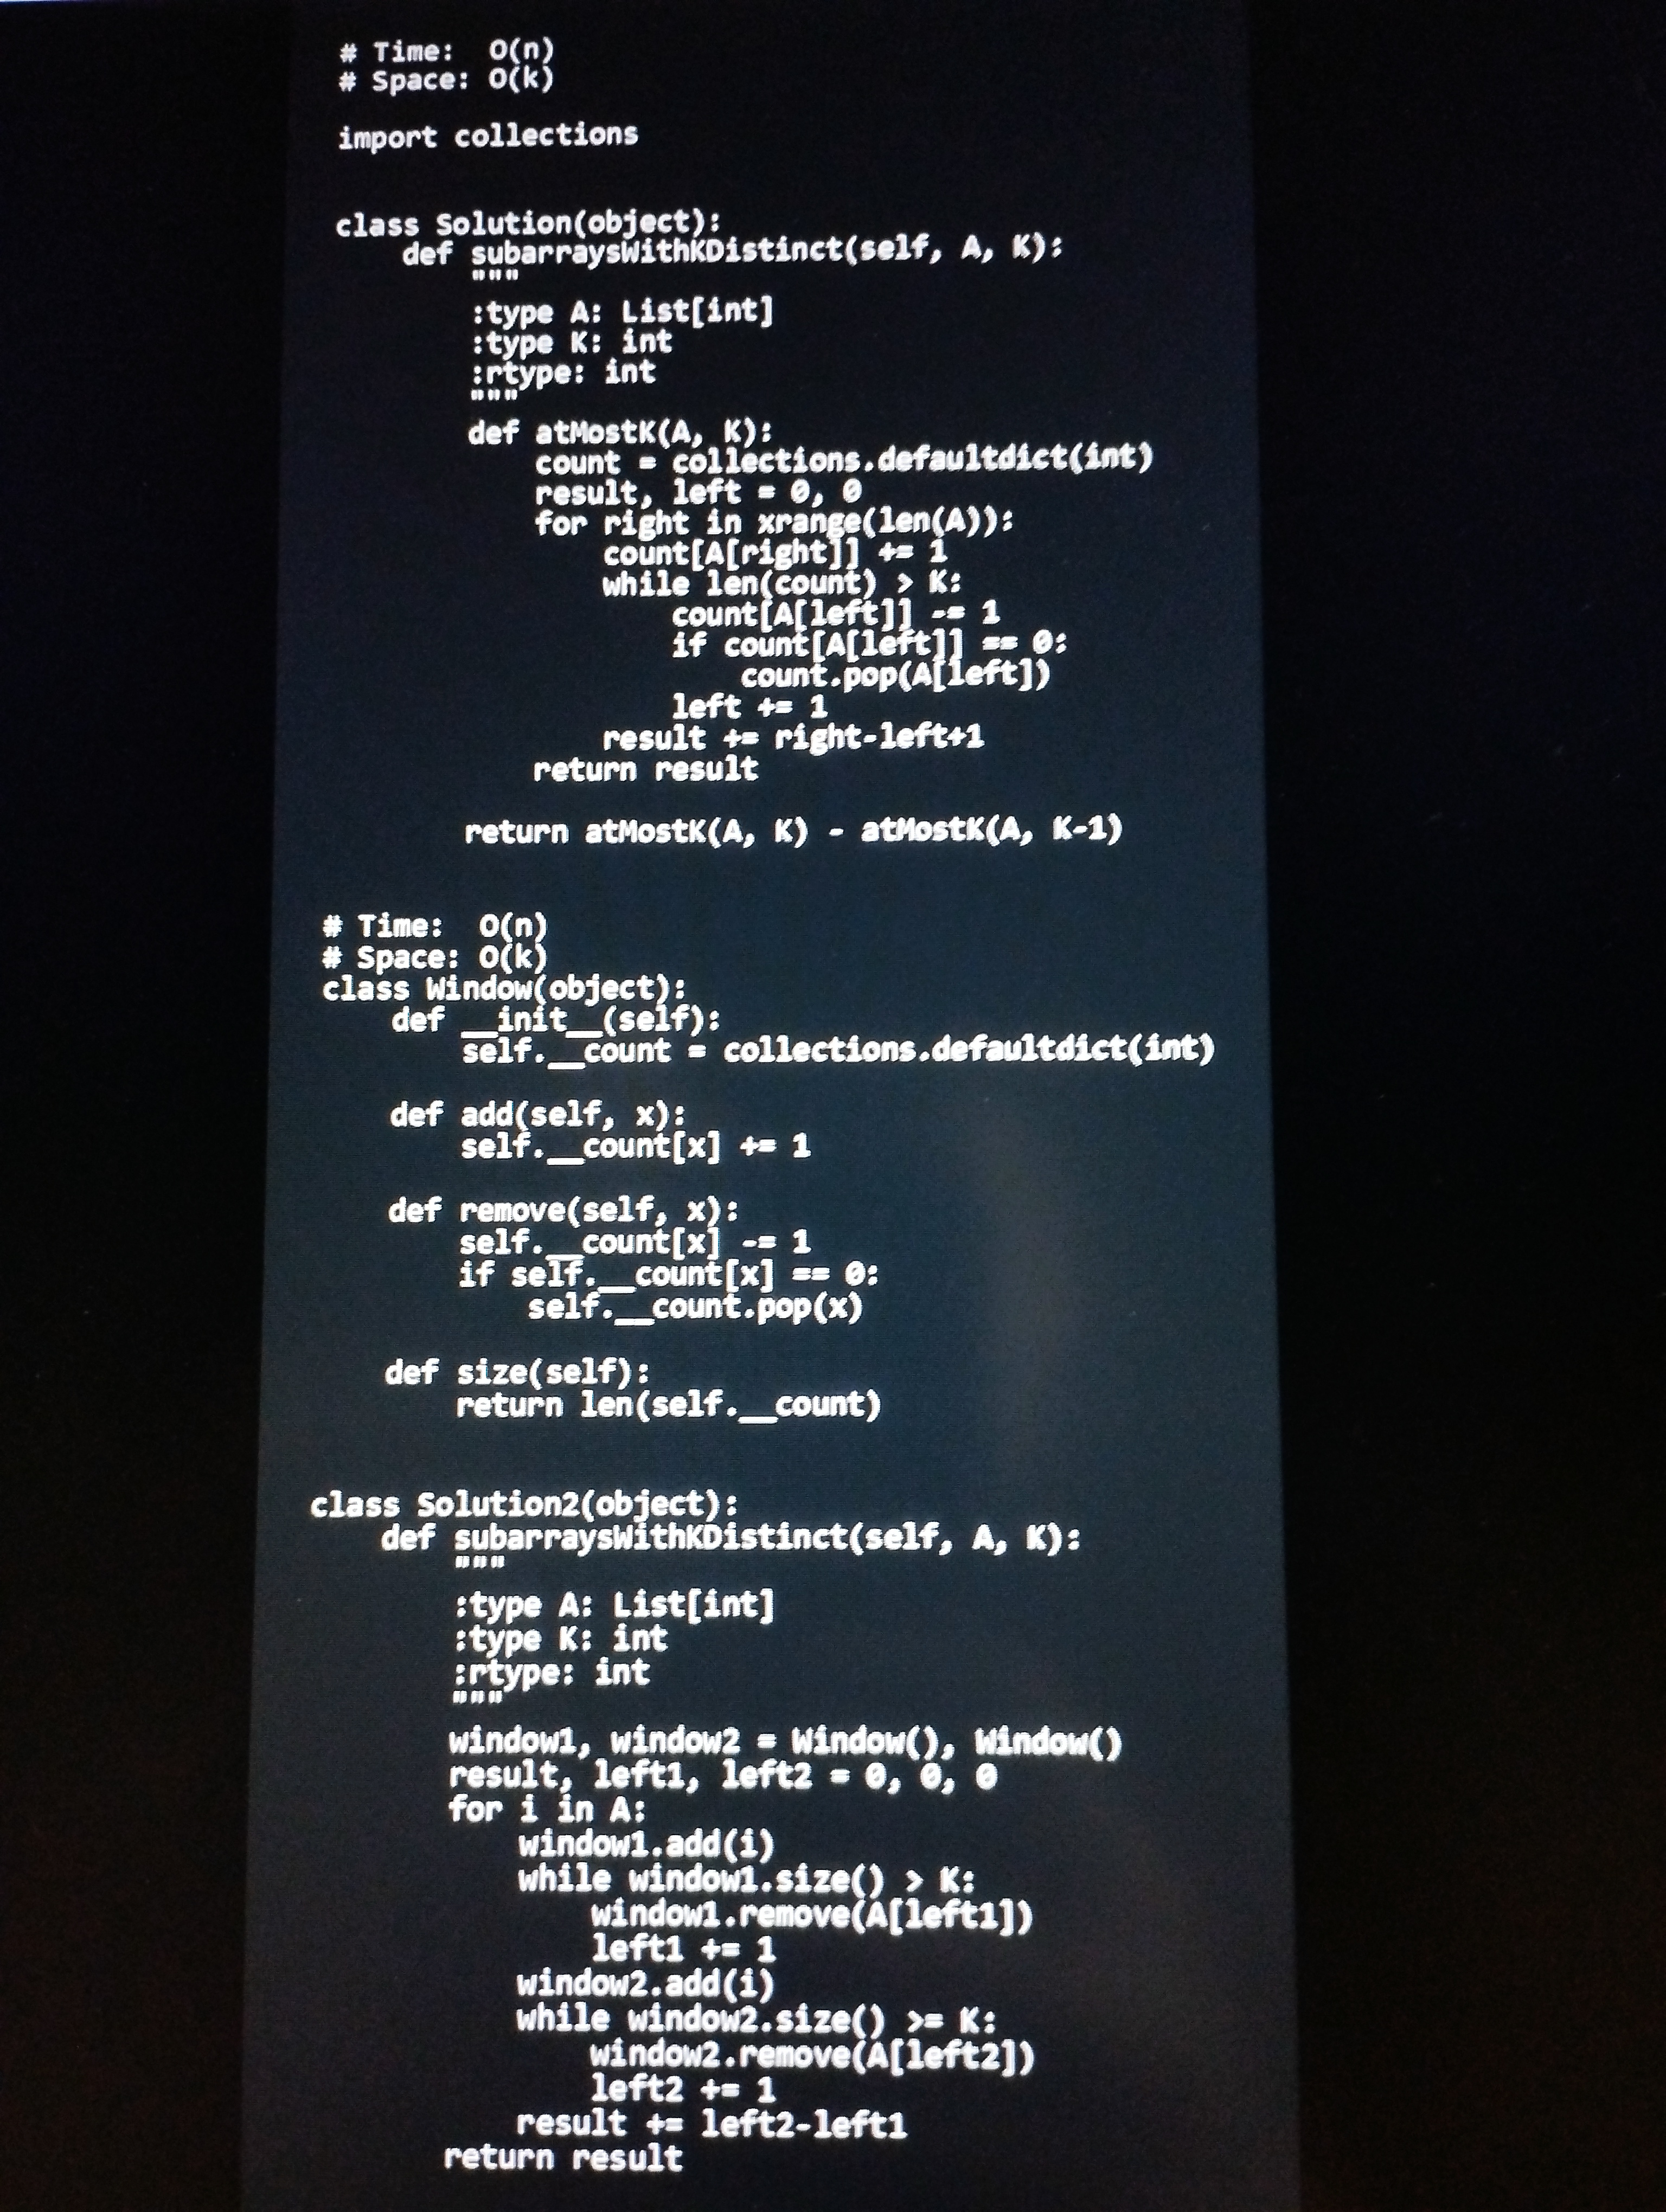
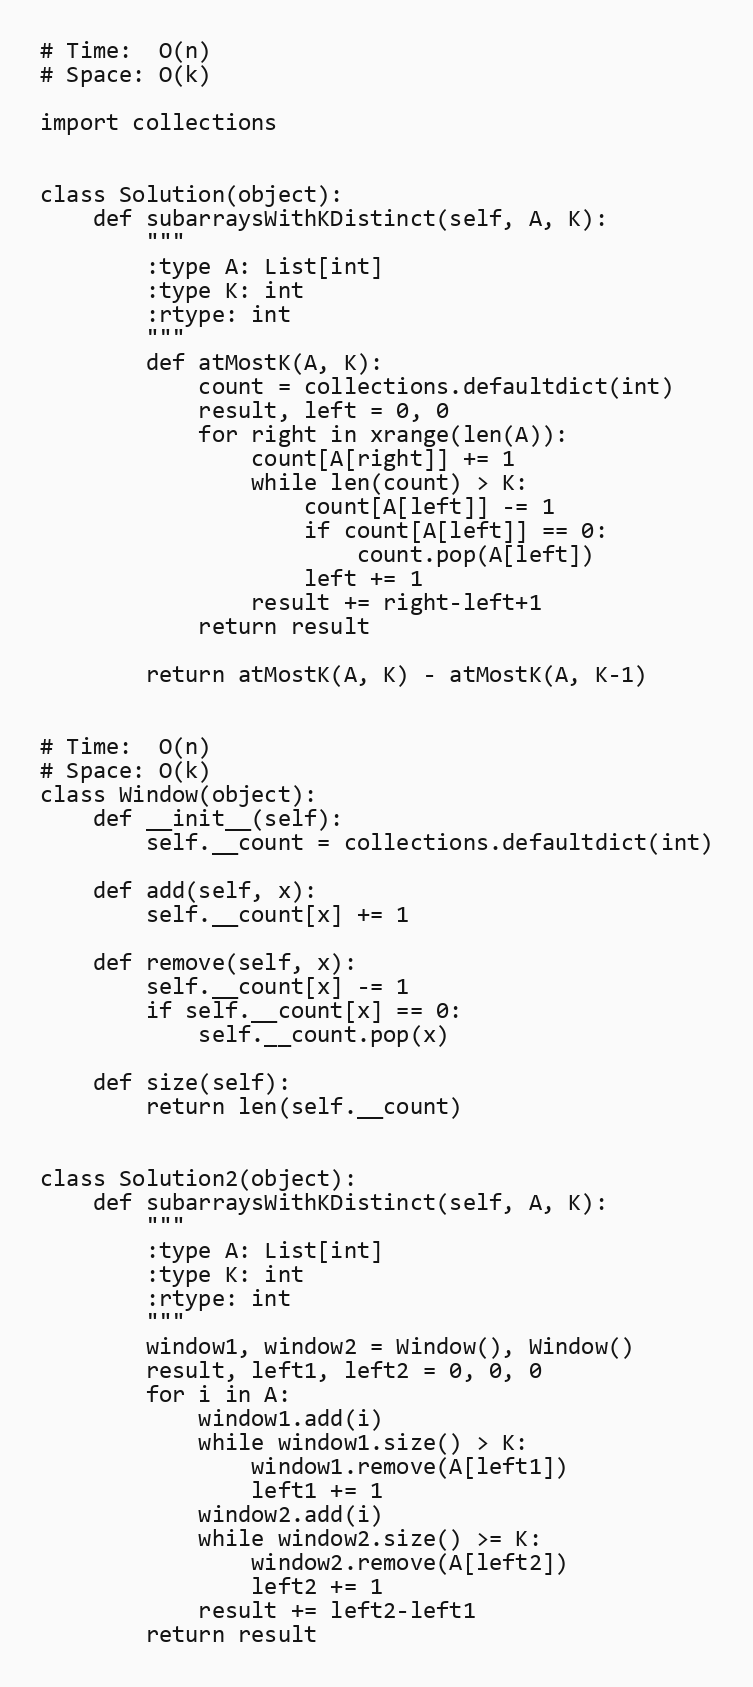
# Time:  O(n)
# Space: O(k)

import collections

class Solution(object):
    def subarraysWithKDistinct(self, A, K):
        """
        :type A: List[int]
        :type K: int
        :rtype: int
        """
        def atMostK(A, K):
            count = collections.defaultdict(int)
            result, left = 0, 0
            for right in xrange(len(A)):
                count[A[right]] += 1
                while len(count) > K:
                    count[A[left]] -= 1
                    if count[A[left]] == 0:
                        count.pop(A[left])
                    left += 1
                result += right-left+1
            return result

        return atMostK(A, K) - atMostK(A, K-1)

# Time:  O(n)
# Space: O(k)
class Window(object):
    def __init__(self):
        self.__count = collections.defaultdict(int)

    def add(self, x):
        self.__count[x] += 1

    def remove(self, x):
        self.__count[x] -= 1
        if self.__count[x] == 0:
            self.__count.pop(x)

    def size(self):
        return len(self.__count)

class Solution2(object):
    def subarraysWithKDistinct(self, A, K):
        """
        :type A: List[int]
        :type K: int
        :rtype: int
        """
        window1, window2 = Window(), Window()
        result, left1, left2 = 0, 0, 0
        for i in A:
            window1.add(i)
            while window1.size() > K:
                window1.remove(A[left1])
                left1 += 1
            window2.add(i)
            while window2.size() >= K:
                window2.remove(A[left2])
                left2 += 1
            result += left2-left1
        return result